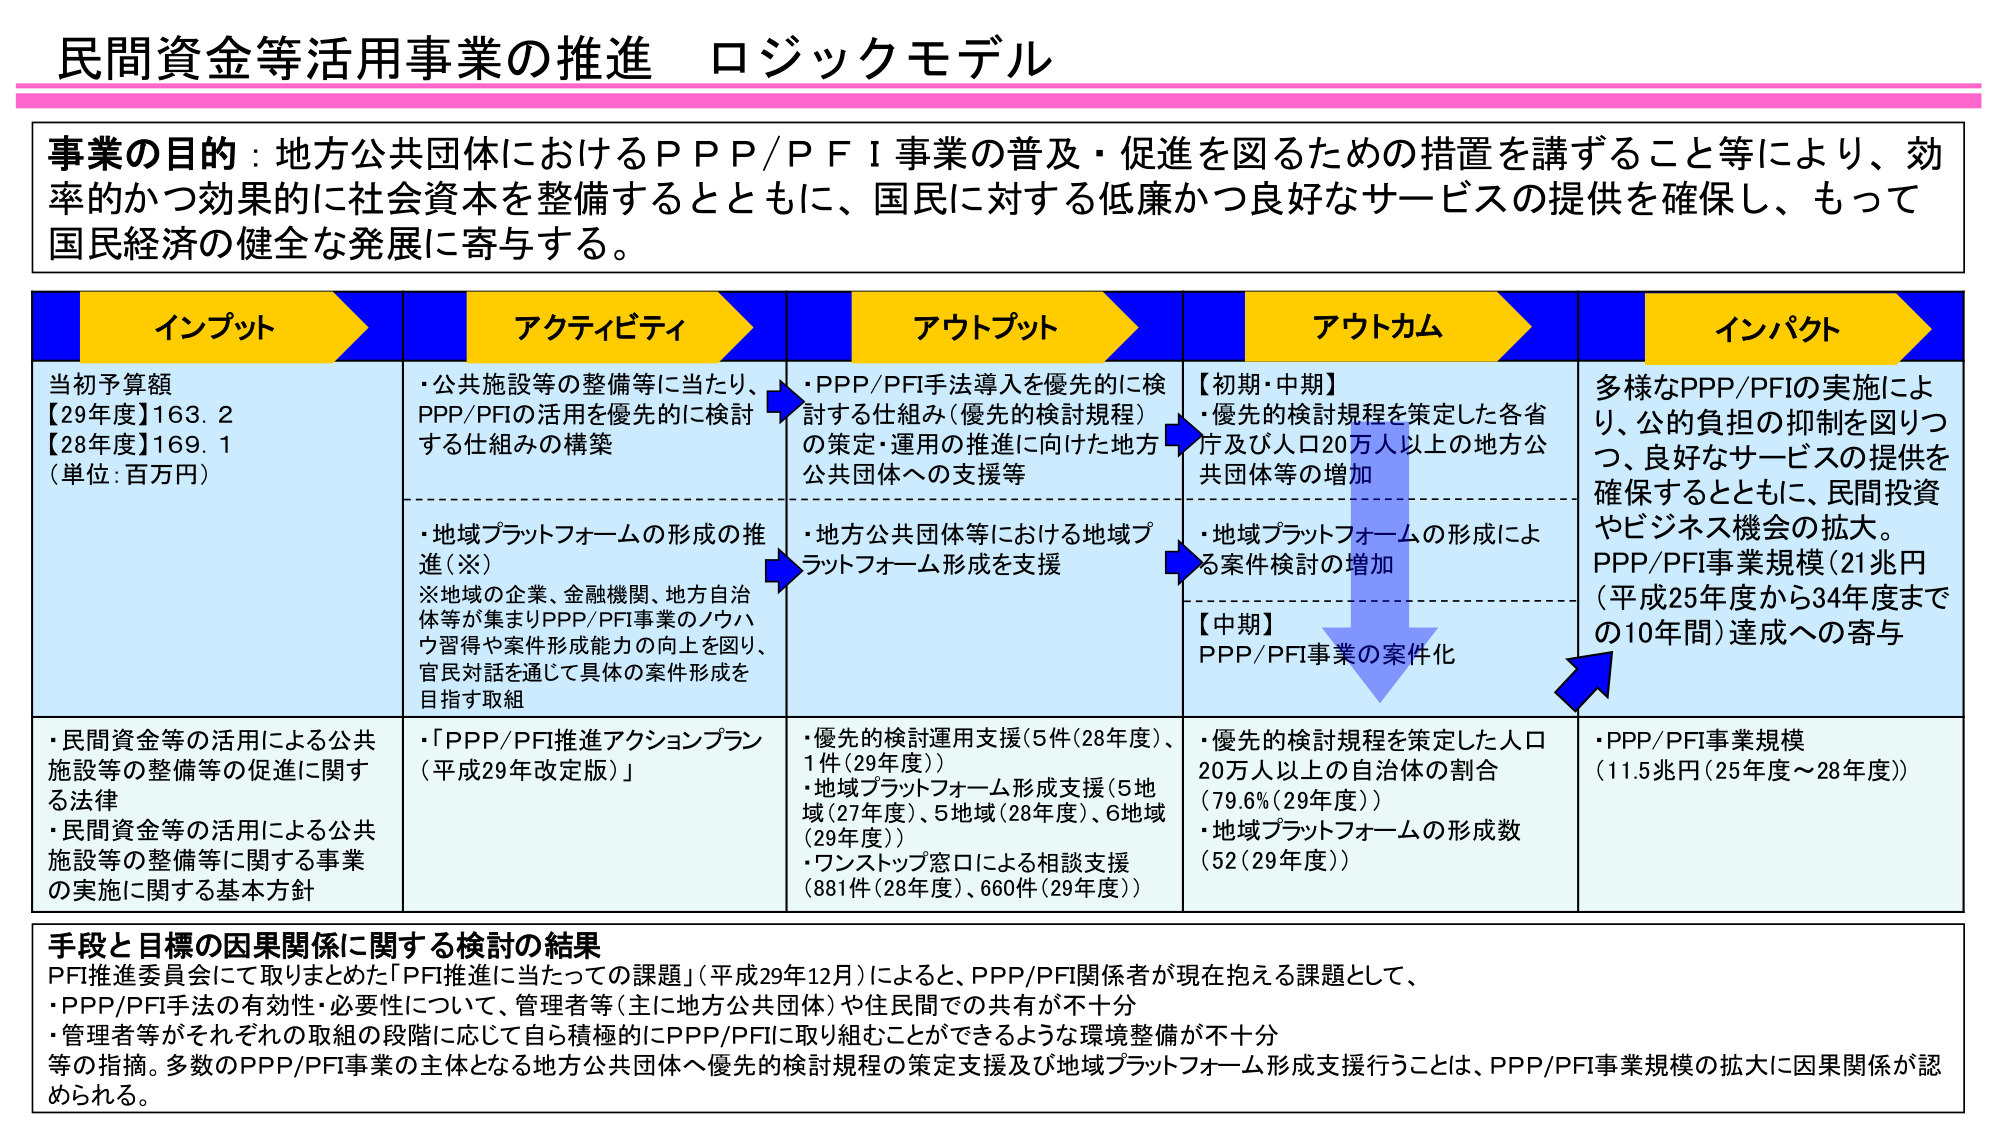
民間資金等活用事業の推進 ロジックモデル

事業の目的：地方公共団体におけるＰＰＰ／ＰＦＩ事業の普及・促進を図るための措置を講ずること等により、効率的かつ効果的に社会資本を整備するとともに、国民に対する低廉かつ良好なサービスの提供を確保し、もって国民経済の健全な発展に寄与する。

インプット
当初予算額
【29年度】163.2
【28年度】169.1
（単位：百万円）

・民間資金等の活用による公共施設等の整備等の促進に関する法律
・民間資金等の活用による公共施設等の整備等に関する事業の実施に関する基本方針

アクティビティ
・公共施設等の整備等に当たり、PPP/PFIの活用を優先的に検討する仕組みの構築
・地域プラットフォームの形成の推進（※）
※地域の企業、金融機関、地方自治体等が集まりPPP/PFI事業のノウハウ習得や案件形成能力の向上を図り、官民対話を通じて具体的な案件形成を目指す取組
・「PPP/PFI推進アクションプラン（平成29年改定版）」

アウトプット
・PPP/PFI手法導入を優先的に検討する仕組み（優先的検討規程）の策定・運用の推進に向けた地方公共団体への支援等
・地方公共団体等における地域プラットフォーム形成を支援
・優先的検討運用支援（5件（28年度）、1件（29年度））
・地域プラットフォーム形成支援（5地域（27年度）、5地域（28年度）、6地域（29年度））
・ワンストップ窓口による相談支援（881件（28年度）、660件（29年度））

アウトカム
【初期・中期】
・優先的検討規程を策定した各省庁及び人口20万人以上の地方公共団体等の増加
・地域プラットフォームの形成による案件検討の増加
【中期】
PPP/PFI事業の案件化
・優先的検討規程を策定した人口20万人以上の自治体の割合（79.6%（29年度））
・地域プラットフォームの形成数（52（29年度））

インパクト
多様なPPP/PFIの実施により、公的負担の抑制を図りつつ、良好なサービスの提供を確保するとともに、民間投資やビジネス機会の拡大。
PPP/PFI事業規模（21兆円（平成25年度から34年度までの10年間）達成への寄与
・PPP/PFI事業規模（11.5兆円（25年度～28年度））

手段と目標の因果関係に関する検討の結果
PFI推進委員会にて取りまとめた「PFI推進に当たっての課題」（平成29年12月）によると、PPP/PFI関係者が現在抱える課題として、
・PPP/PFI手法の有効性・必要性について、管理者等（主に地方公共団体）や住民間での共有が不十分
・管理者等がそれぞれの取組の段階に応じて自ら積極的にPPP/PFIに取り組むことができるような環境整備が不十分
等の指摘。多数のPPP/PFI事業の主体となる地方公共団体へ優先的検討規程の策定支援及び地域プラットフォーム形成支援を行うことは、PPP/PFI事業規模の拡大に因果関係が認められる。